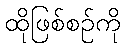
ထိုဖြစ်စဉ်ကို